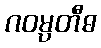
ဂဝမ္ပတီဓ